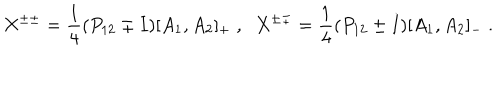
X ^ { \pm \pm } = \frac { 1 } { 4 } ( P _ { 1 2 } \pm I ) [ A _ { 1 } , A _ { 2 } ] _ { + } \; , \; \; X ^ { \pm \mp } = \frac { 1 } { 4 } ( P _ { 1 2 } \pm I ) [ A _ { 1 } , A _ { 2 } ] _ { - } \; .